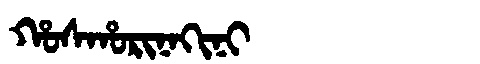
Manchu: ᡥᠣᠰᡥᠣᡵᡳᠨᠠᡴᡳᠨᡳ
Romanization: HOSHORINAKINI